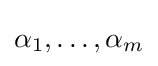
\alpha _{1},\ldots ,\alpha _{m}